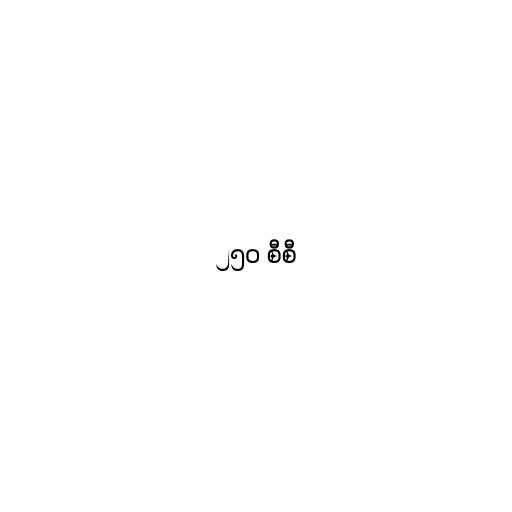
၂၅၀ စီစီ